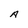
Character: A